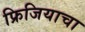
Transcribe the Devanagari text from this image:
फ्रिजियाचा